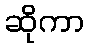
ဆိုကာ